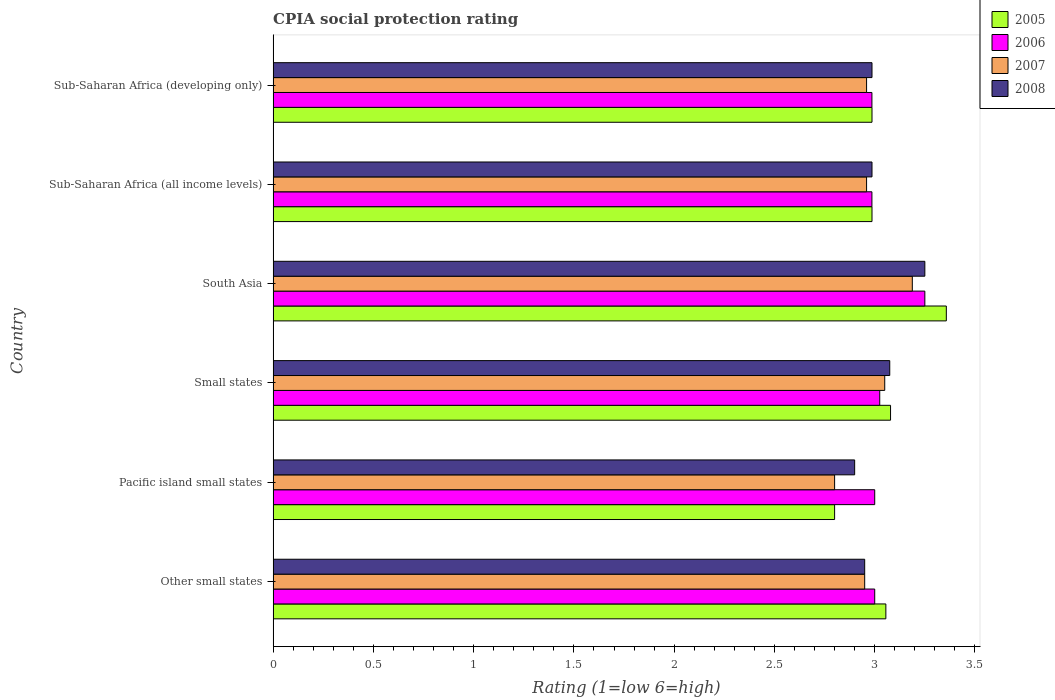
| Country | 2005 | 2006 | 2007 | 2008 |
 | --- | --- | --- | --- | --- |
 | Other small states | 3.06 | 3 | 2.95 | 2.95 |
 | Pacific island small states | 2.8 | 3 | 2.8 | 2.9 |
 | Small states | 3.08 | 3.02 | 3.05 | 3.08 |
 | South Asia | 3.36 | 3.25 | 3.19 | 3.25 |
 | Sub-Saharan Africa (all income levels) | 2.99 | 2.99 | 2.96 | 2.99 |
 | Sub-Saharan Africa (developing only) | 2.99 | 2.99 | 2.96 | 2.99 |